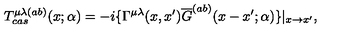
T _ { c a s } ^ { \mu \lambda ( a b ) } ( x ; \alpha ) = - i \{ \Gamma ^ { \mu \lambda } ( x , x ^ { \prime } ) \overline { { G } } ^ { ( a b ) } ( x - x ^ { \prime } ; \alpha ) \} | _ { x \rightarrow x ^ { \prime } } ,